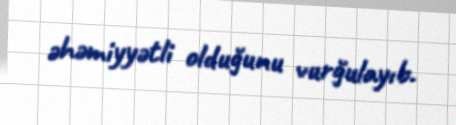
əhəmiyyətli olduğunu vurğulayıb.